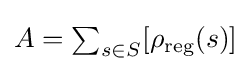
{\textstyle A=\sum _{s\in S}[\rho _{\text{reg}}(s)]}